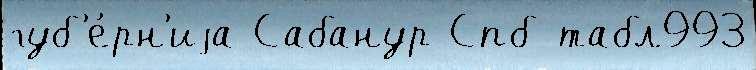
губ'е́рн'иjа Сабанур Спб табл993